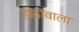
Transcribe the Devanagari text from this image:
होंठोंवाला